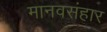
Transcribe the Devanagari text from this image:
मानवसंहार